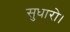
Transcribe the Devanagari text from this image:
सुधारो।